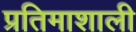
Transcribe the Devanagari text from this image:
प्रतिमाशाली